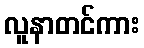
လူနာတင်ကား